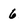
Character: 6